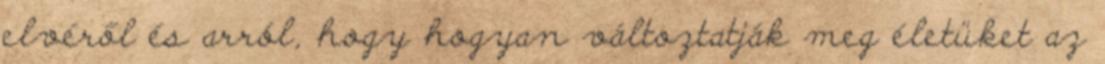
elvéről és arról, hogy hogyan változtatják meg életüket az